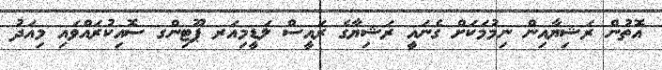
އޮތުން ރަޝިޔާއިން ނިމުމަކަށް ގެނައީ ރަޝިޔާގެ ރައީސް ލަޑީމިއަރ ޕޫޓިންގ ސޮއިކުރައްވައި މިއަދު